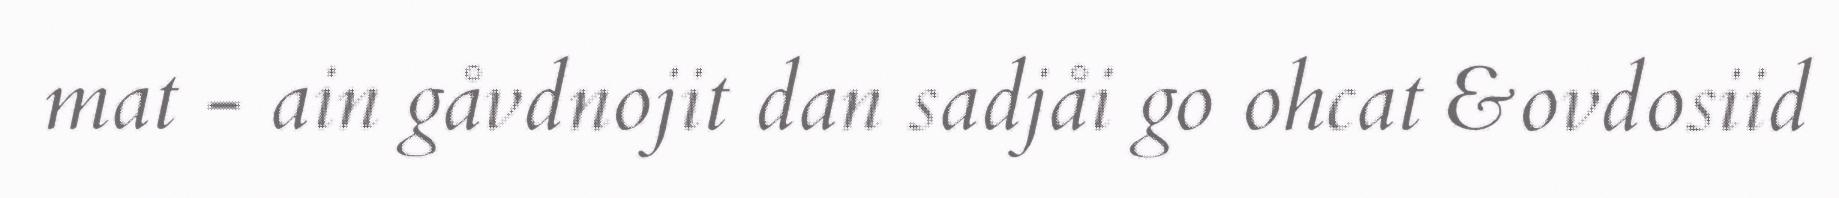
mat - ain gåvdnojit dan sadjåi go ohcat &ovdosiid